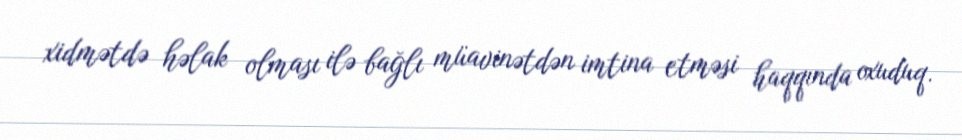
xidmətdə həlak olması ilə bağlı müavinətdən imtina etməsi haqqında oxuduq.